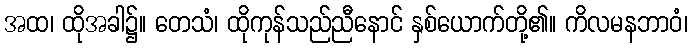
အထ၊ ထိုအခါ၌။ တေသံ၊ ထိုကုန်သည်ညီနောင် နှစ်ယောက်တို့၏။ ကိလမနဘာဝံ၊